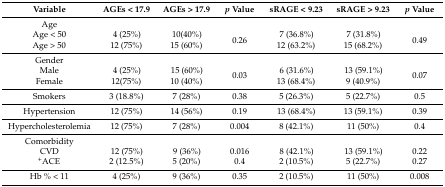
<table><thead><tr><td><b>Variable</b></td><td><b>AGEs &lt; 17.9</b></td><td><b>AGEs &gt; 17.9</b></td><td><b><i>p</i> Value</b></td><td><b>sRAGE &lt; 9.23</b></td><td><b>sRAGE &gt; 9.23</b></td><td><b><i>p</i> Value</b></td></tr></thead><tbody><tr><td>Age</td><td></td><td></td><td></td><td></td><td></td><td></td></tr><tr><td>Age &lt; 50Age &gt; 50</td><td>4 (25%)12 (75%)</td><td>10(40%)15 (60%)</td><td>0.26</td><td>7 (36.8%)12 (63.2%)</td><td>7 (31.8%)15 (68.2%)</td><td>0.49</td></tr><tr><td>Gender</td><td></td><td></td><td></td><td></td><td></td><td></td></tr><tr><td>MaleFemale</td><td>4 (25%)12(75%)</td><td>15 (60%)10 (40%)</td><td>0.03</td><td>6 (31.6%)13 (68.4%)</td><td>13 (59.1%)9 (40.9%)</td><td>0.07</td></tr><tr><td>Smokers</td><td>3 (18.8%)</td><td>7 (28%)</td><td>0.38</td><td>5 (26.3%)</td><td>5 (22.7%)</td><td>0.5</td></tr><tr><td>Hypertension</td><td>12 (75%)</td><td>14 (56%)</td><td>0.19</td><td>13 (68.4%)</td><td>13 (59.1%)</td><td>0.39</td></tr><tr><td>Hypercholesterolemia</td><td>12 (75%)</td><td>7 (28%)</td><td>0.004</td><td>8 (42.1%)</td><td>11 (50%)</td><td>0.4</td></tr><tr><td>Comorbidity</td><td></td><td></td><td></td><td></td><td></td><td></td></tr><tr><td>CVD<sup>+</sup>ACE</td><td>12 (75%)2 (12.5%)</td><td>9 (36%)5 (20%)</td><td>0.0160.4</td><td>8 (42.1%)2 (10.5%)</td><td>13 (59.1%)5 (22.7%)</td><td>0.220.27</td></tr><tr><td>Hb % &lt; 11</td><td>4 (25%)</td><td>9 (36%)</td><td>0.35</td><td>2 (10.5%)</td><td>11 (50%)</td><td>0.008</td></tr></tbody></table>